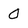
Character: O